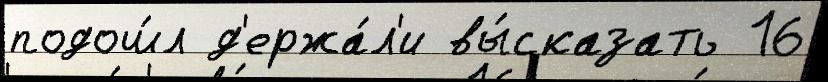
подош́л д'ержа́л'и вы́сказать 16